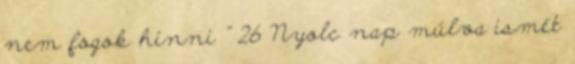
nem fogok hinni ” 26 Nyolc nap múlva ismét